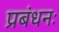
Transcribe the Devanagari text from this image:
प्रबंधनः